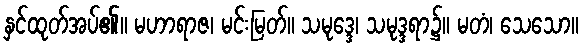
နှင်ထုတ်အပ်၏။ မဟာရာဇ၊ မင်းမြတ်။ သမုဒ္ဒေ၊ သမုဒ္ဒရာ၌။ မတံ၊ သေသော။